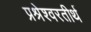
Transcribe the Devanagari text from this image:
प्रश्रेश्वरतीर्थ